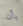
بأن